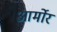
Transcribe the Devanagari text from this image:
आर्मोर